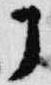
丁